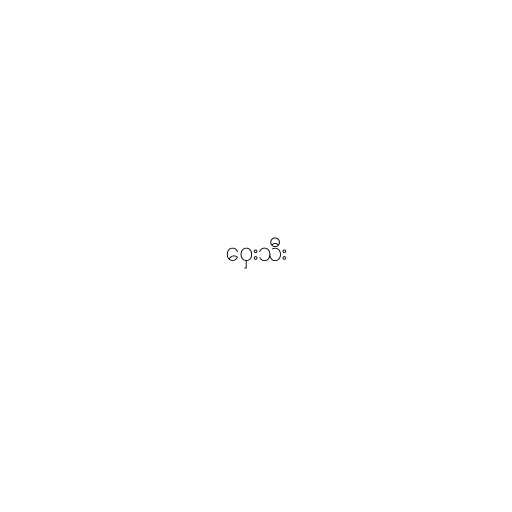
ဝှေးသီး